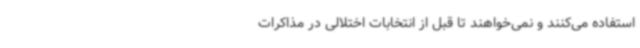
استفاده می‌کنند و نمی‌خواهند تا قبل از انتخابات اختلالی در مذاکرات